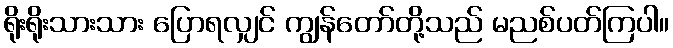
ရိုးရိုးသားသား ပြောရလျှင် ကျွန်တော်တို့သည် မညစ်ပတ်ကြပါ။